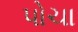
પોચા